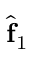
\hat { \bf f } _ { 1 }